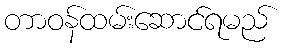
တာဝန်ထမ်းဆောင်ရမည်